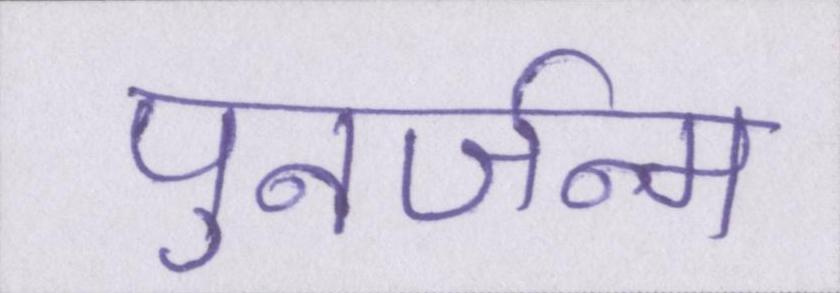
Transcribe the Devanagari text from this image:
पुनर्जन्म